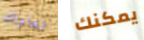
تعاونك يمكنك